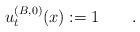
LaTeX: \begin{align*}u^{(B,0)}_t(x) :=1\qquad.\end{align*}